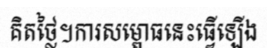
គិតថ្លៃ។ការសម្ពោធនេះធ្វើឡើង